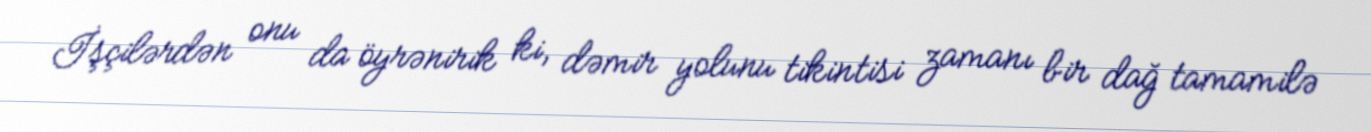
İşçilərdən onu da öyrənirik ki, dəmir yolunu tikintisi zamanı bir dağ tamamilə